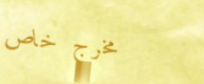
مخرج خاص